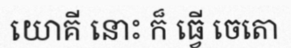
យោគី នោះ ក៏ ធ្វើ ចេតោ